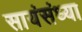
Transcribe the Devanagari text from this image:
सायंसंध्या